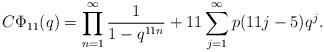
LaTeX: \begin{align*} C\Phi_{11}(q)=\prod_{n=1}^{\infty}\frac{1}{1-q^{11 n}}+11\sum_{j=1}^{\infty}p(11j-5)q^j. \end{align*}